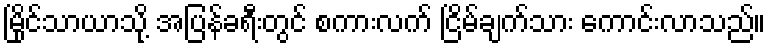
မြိုင်သာယာသို့ အပြန်ခရီးတွင် စကားလက် ငြိမ်ချက်သား ကောင်းလာသည်။